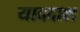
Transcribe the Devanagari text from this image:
याददाश